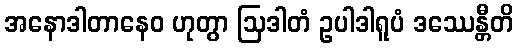
အနောဒါတာနေဝ ဟုတွာ ဩဒါတံ ဥပါဒါရူပံ ဒဿေန္တီတိ